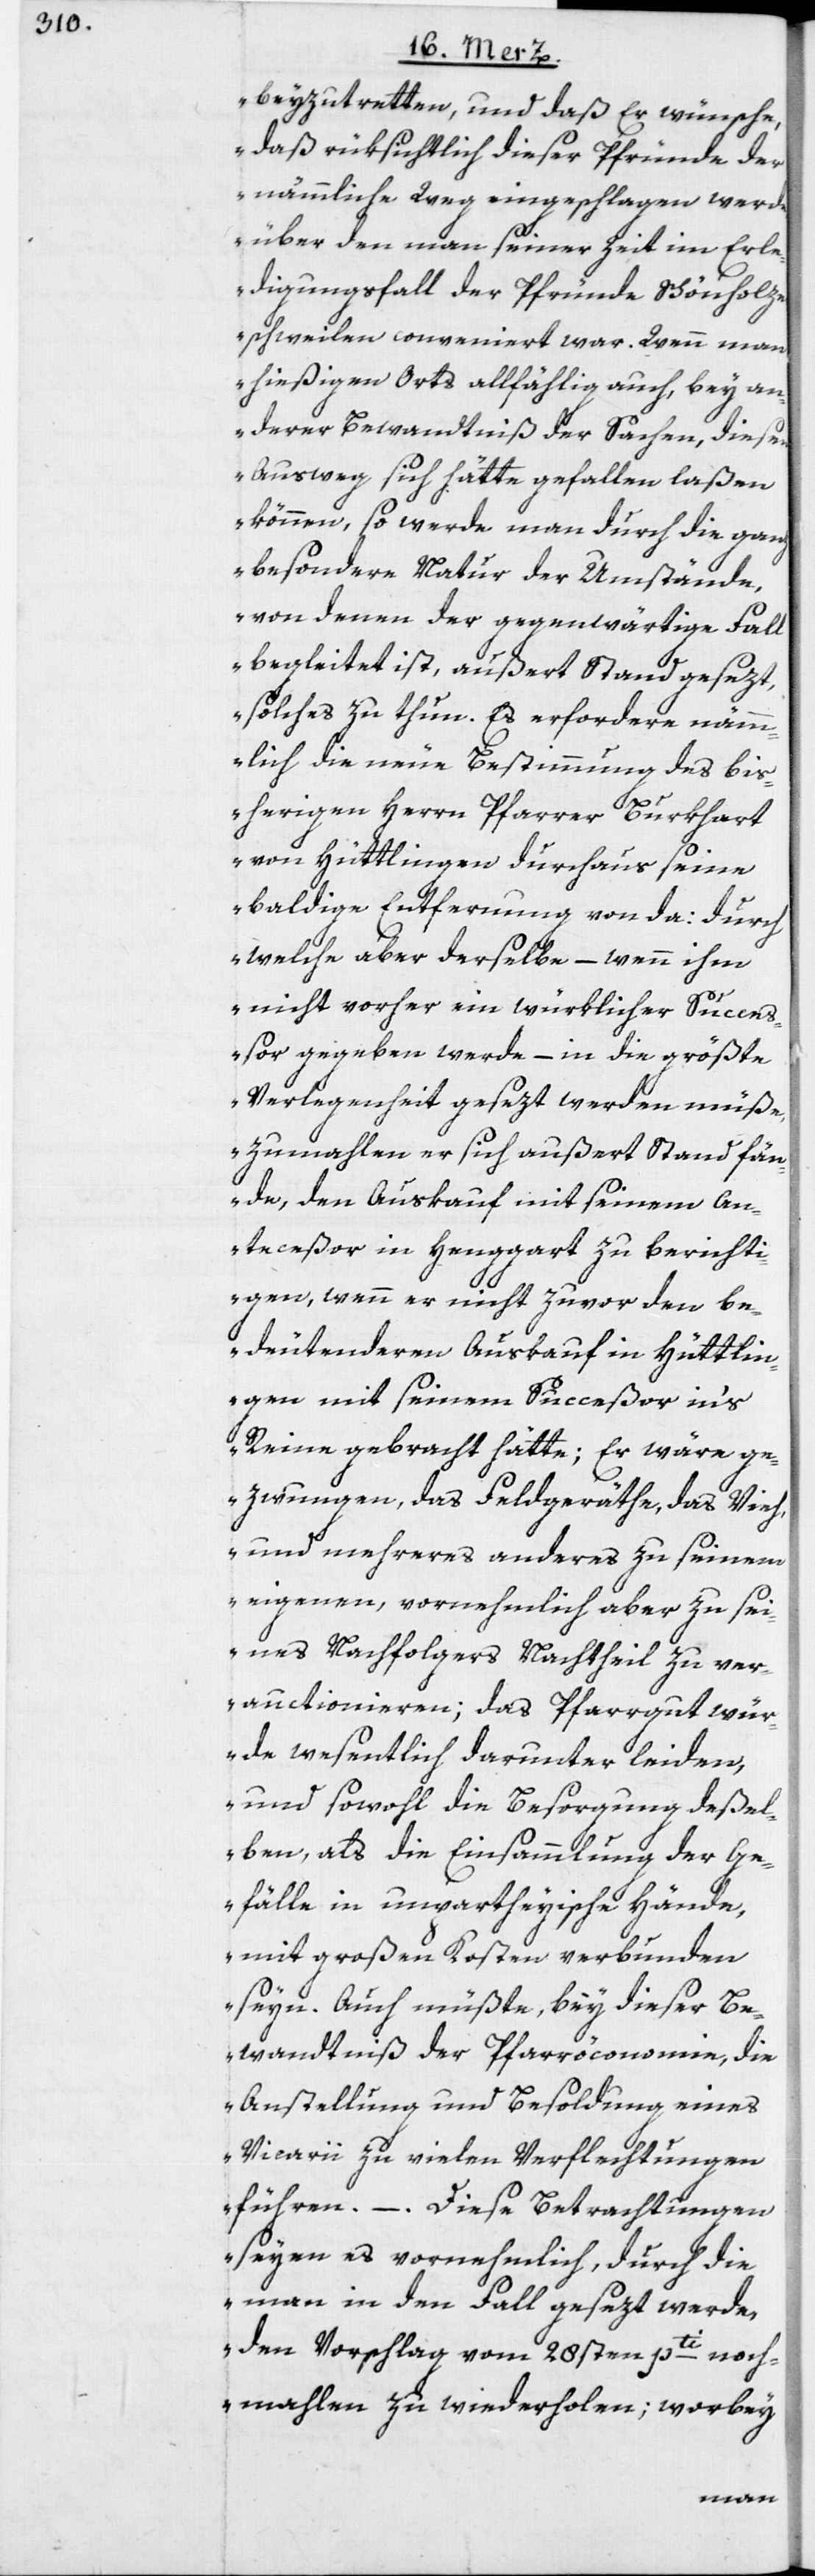
beyzutretten, und daß Er wünsche,
daß rüksichtlich dieser Pfründe der
nämmliche Weg eingeschlagen werde,
über den man seiner Zeit im Erle¬
digungsfall der Pfründe Schönholze¬
rschweilen conveniert war. Wenn man
hießigen Orts allfählig auch, bey an¬
derer Bewandtniß der Sachen, diesen
Ausweg sich hätte gefallen laßen
können, so werde man durch die ganz
besondere Natur der Umstände,
von denen der gegenwärtige Fall
begleitet ist, außert Stand gesezt,
solches zu thun. Es erfordere nämm¬
lich die neue Bestimmung des bis¬
herigen Herrn Pfarrer Burkhart
von Hüttlingen durchaus seine
baldige Entfernung von da: durch
welche aber derselbe – wenn ihm
nicht vorher ein würklicher Succe¬
ßor gegeben werde – in die größte
Verlegenheit gesezt werden müße,
zumahlen er sich außert Stand fän¬
de, den Auskauf mit seinem An¬
teceßor in Henggart zu berichti¬
gen, wenn er nicht zuvor den be¬
deutenderen Auskauf in Hüttlin¬
gen mit seinem Succeßor in‘s
Reine gebracht hätte; Er wäre ge¬
zwungen, das Feldgeräthe, das Vieh,
und mehreres anderes zu seinem
eigenen, vornehmlich aber zu sei¬
nes Nachfolgers Nachtheil zu ver¬
auctionieren; das Pfarrgut wür¬
de wesentlich darunter leiden,
und sowohl die Besorgung deßel¬
ben, als die Einsammlung der Ge¬
fälle in unpartheyische Hände,
mit großen Kosten verbunden
seyn. Auch müßte, bey dieser Be¬
wandtniß der Pfarröconomie, die
Anstellung und Besoldung eines
Vicarii zu vielen Verflechtungen
führen. – Diese Betrachtungen
seyen es vornehmlich, durch die
man in den Fall gesezt werde,
den Vorschlag vom 28sten pti. noch¬
mahlen zu wiederholen; worbey